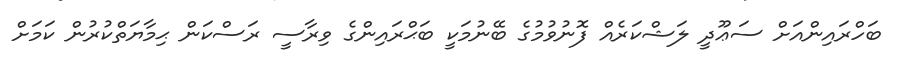
ބަހްރައިންއަށް ސަޢޫދީ ލަޝްކަރެއް ފޮނުވުމުގެ ބޭނުމަކީ ބަޙްރައިންގެ ވިރާސީ ރަސްކަން ޙިމާޔަތްކުރުން ކަމަށް